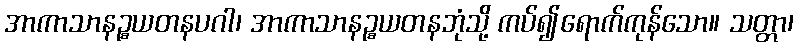
အာကာသာနဉ္စယတနပဂါ၊ အာကာသာနဉ္စယတနဘုံသို့ ကပ်၍ရောက်ကုန်သော။ သတ္တာ၊